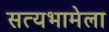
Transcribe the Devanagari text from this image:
सत्यभामेला